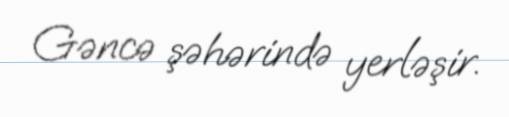
Gəncə şəhərində yerləşir.